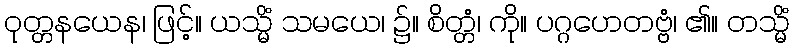
ဝုတ္တနယေန၊ ဖြင့်။ ယသ္မိံ သမယေ၊ ၌။ စိတ္တံ၊ ကို။ ပဂ္ဂဟေတဗ္ဗံ၊ ၏။ တသ္မိံ